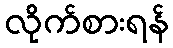
လိုက်စားရန်